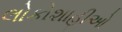
લોકોશાહીઓ